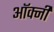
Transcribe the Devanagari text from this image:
ऑर्क्नी